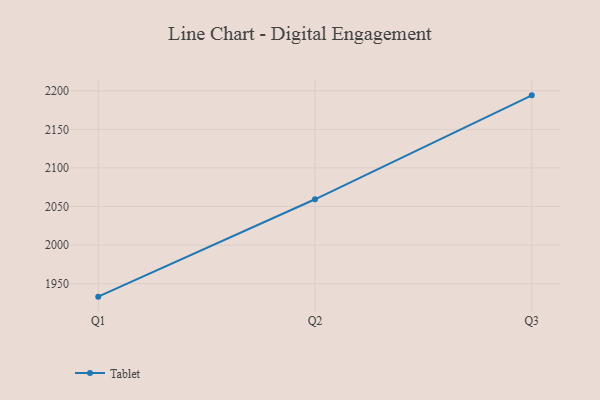
{"axis": {"x": "Quarter", "y": "Churn Rate (%)"}, "legend": ["Tablet"], "data": [{"x": "Q1", "y": 1933.2, "type": "Tablet"}, {"x": "Q2", "y": 2059.4, "type": "Tablet"}, {"x": "Q3", "y": 2194.1, "type": "Tablet"}]}